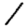
Digit: 1